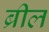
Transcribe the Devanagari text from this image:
ब्रील